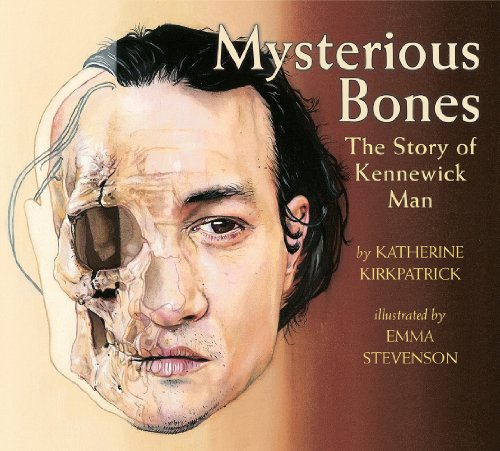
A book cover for Mysterious Bones: The Story of Kennewick Man; Katherine Kirkpatrick; Children's Books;